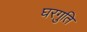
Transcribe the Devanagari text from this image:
घरगुति